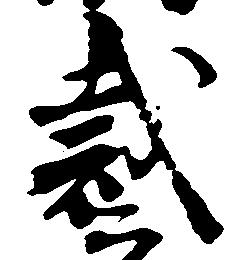
裁